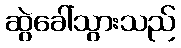
ဆွဲခေါ်သွားသည်